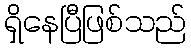
ရှိနေပြီဖြစ်သည်